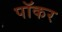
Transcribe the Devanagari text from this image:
पॉकर